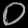
Digit: ၀